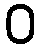
ဝ